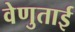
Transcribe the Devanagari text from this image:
वेणुताई